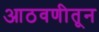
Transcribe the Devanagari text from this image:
आठवणीतून